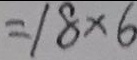
= 1 8 \times 6